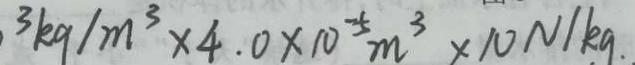
3 k g / m ^ { 3 } \times 4 . 0 \times 1 0 ^ { - 5 } m ^ { 3 } \times 1 0 N / k g .